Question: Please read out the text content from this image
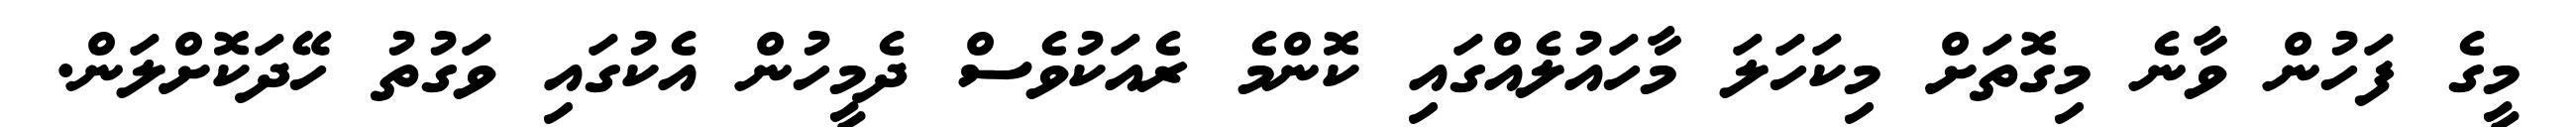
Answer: މީގެ ފަހުން ވާނެ މިގޮތަށް މިކަހަލަ މާހައުލެއްގައި ކޮންމެ ރެއަކުވެސް ދެމީހުން އެކުގައި ވަގުތު ހޭދަކޮށްލަން.